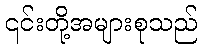
၎င်းတို့အများစုသည်